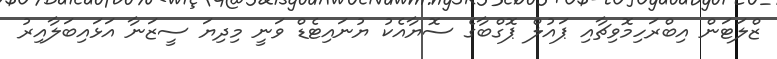
ޒްލަޓަން އިބްރަހިމޮވިޗާއި ޕައުލް ޕޮގްބާގެ ސޮޔާއެކު ޔުނައިޓެޑް ވަނީ މިދިޔަ ސީޒަނާ އަޅައިބަލާއިރު